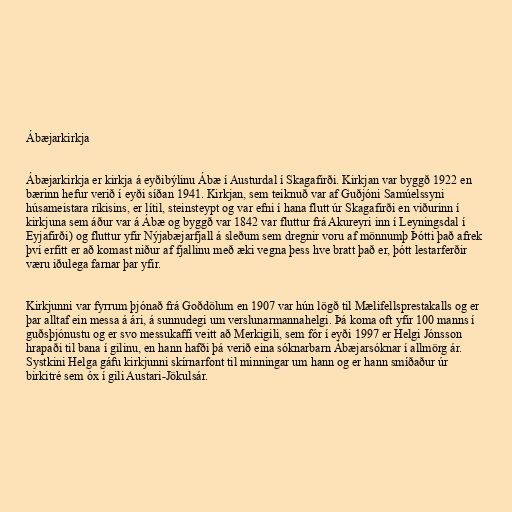
Ábæjarkirkja

Ábæjarkirkja er kirkja á eyðibýlinu Ábæ í Austurdal í Skagafirði. Kirkjan var byggð 1922 en
bærinn hefur verið í eyði síðan 1941. Kirkjan, sem teiknuð var af Guðjóni Samúelssyni
húsameistara ríkisins, er lítil, steinsteypt og var efni í hana flutt úr Skagafirði en viðurinn í
kirkjuna sem áður var á Ábæ og byggð var 1842 var fluttur frá Akureyri inn í Leyningsdal í
Eyjafirði) og fluttur yfir Nýjabæjarfjall á sleðum sem dregnir voru af mönnumþ Þótti það afrek
því erfitt er að komast niður af fjallinu með æki vegna þess hve bratt það er, þótt lestarferðir
væru iðulega farnar þar yfir.

Kirkjunni var fyrrum þjónað frá Goðdölum en 1907 var hún lögð til Mælifellsprestakalls og er
þar alltaf ein messa á ári, á sunnudegi um verslunarmannahelgi. Þá koma oft yfir 100 manns í
guðsþjónustu og er svo messukaffi veitt að Merkigili, sem fór í eyði 1997 er Helgi Jónsson
hrapaði til bana í gilinu, en hann hafði þá verið eina sóknarbarn Ábæjarsóknar í allmörg ár.
Systkini Helga gáfu kirkjunni skírnarfont til minningar um hann og er hann smíðaður úr
birkitré sem óx í gili Austari-Jökulsár.